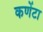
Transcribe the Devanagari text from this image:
कणेंटा